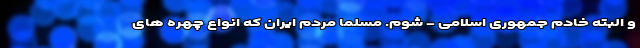
و البته خادم جمهوری اسلامی - شوم. مسلما مردم ایران که انواع چهره های